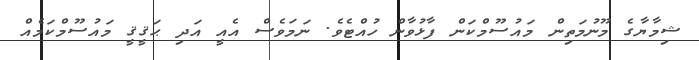
ޝިމާޔާގެ މޫނުމަތިން މައުސޫމްކަން ފާޅުވާން ހުއްޓެވެ. ނަމަވެސް އެއީ އަދި ޙަޤީޤީ މައުސޫމްކަމެއް